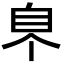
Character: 𦣿